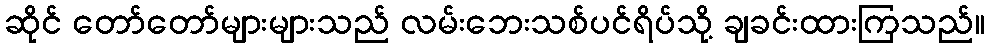
ဆိုင် တော်တော်များများသည် လမ်းဘေးသစ်ပင်ရိပ်သို့ ချခင်းထားကြသည်။